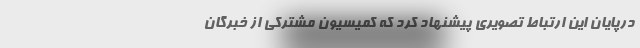
درپایان این ارتباط تصویری ‌پیشنهاد کرد که کمیسیون مشترکی از خبرگان